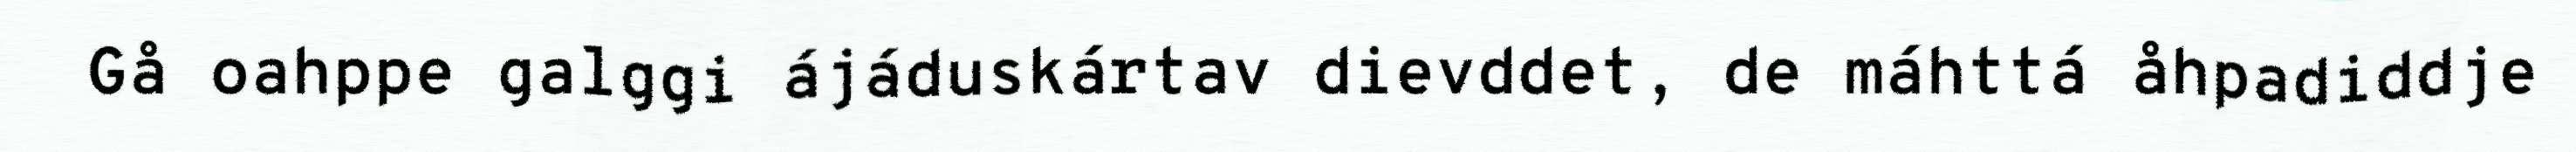
Gå oahppe galggi ájáduskártav dievddet, de máhttá åhpadiddje